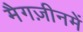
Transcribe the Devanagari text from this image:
मैगज़ीनमें